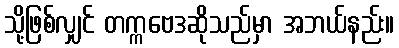
သို့ဖြစ်လျှင် တက္ကဗေဒဆိုသည်မှာ အဘယ်နည်း။